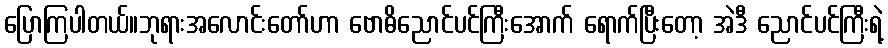
ပြောကြပါတယ်။ဘုရားအလောင်းတော်ဟာ ဗောဓိညောင်ပင်ကြီးအောက် ရောက်ပြီးတော့ အဲဒီ ညောင်ပင်ကြီးရဲ့